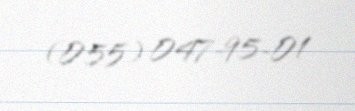
(055) 047-95-01